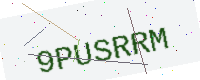
Text: 9PUSRRM